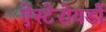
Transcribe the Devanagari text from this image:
ऐस्टेरोयडों